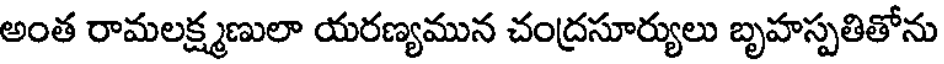
అంత రామలక్ష్మణులా యరణ్యమున చంద్రసూర్యులు బృహస్పతితోను